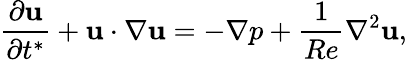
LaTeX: \frac{\partial\mathbf{u}}{\partial t^{*}}+\mathbf{u}\cdot\nabla\mathbf{u}=-\nabla p+\frac{1}{Re}\nabla^{2}\mathbf{u},